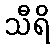
သီရိ